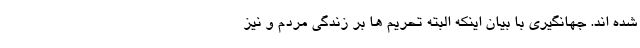
شده اند. جهانگیری با بیان اینکه البته تحریم ها بر زندگی مردم و نیز